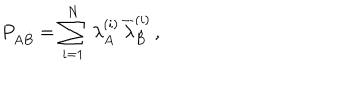
LaTeX: P _ { A \dot { B } } = \sum _ { i = 1 } ^ { N } \, \lambda _ { A } ^ { ( i ) } \, \overline { { { \lambda } } } _ { \dot { B } } ^ { ( i ) } \, ,